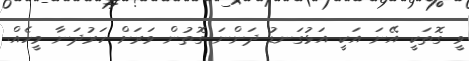
ވީ ގޮތަކީ އޭނަ އަކީ އަޅުގަނޑު ދަންނަ ގޮތުން ވަރަށް ހަރުދަނާ މީހެއް.